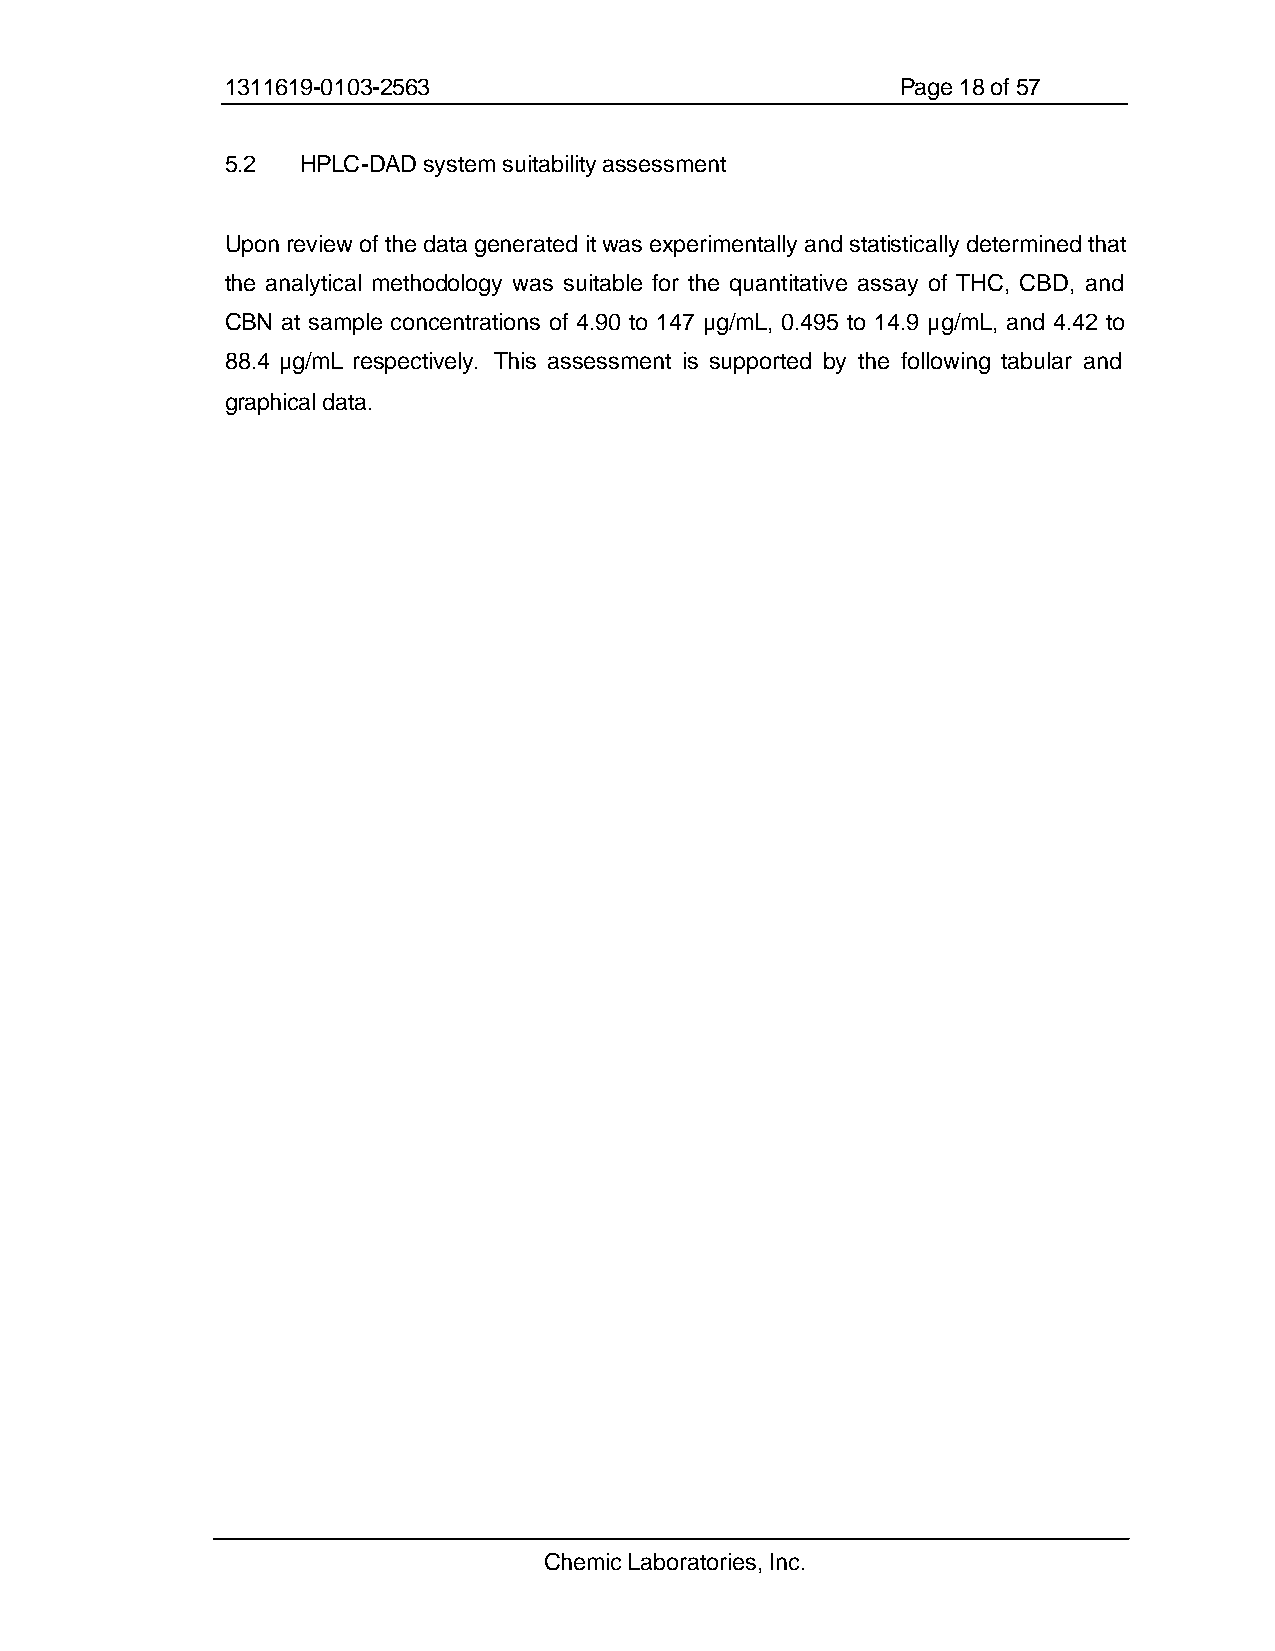
1311619-0103-2563                            Page 18 of 57
 5.2  HPLC-DAD system suitability assessment
 Upon review of the data generated it was experimentally and statistically determined that
 the analytical methodology was suitable for the quantitative assay of THC, CBD, and
 CBN at sample concentrations of 4.90 to 147 µg/mL, 0.495 to 14.9 µg/mL, and 4.42 to
 88.4 µg/mL respectively. This assessment is supported by the following tabular and
 graphical data.
 Chemic Laboratories, Inc.